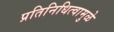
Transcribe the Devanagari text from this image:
प्रतिनिधित्वामुळे